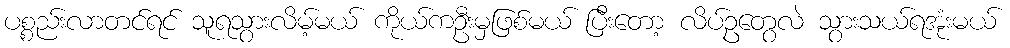
ပစ္စည်းလာတင်ရင် သူရသွားလိမ့်မယ် ကိုယ်ကဦးမှဖြစ်မယ် ပြီးတော့ လိပ်ဥတွေလဲ သွားသယ်ရအုံးမယ်